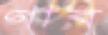
গাব